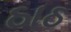
ઠાઠ